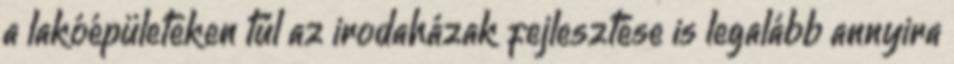
a lakóépületeken túl az irodaházak fejlesztése is legalább annyira